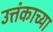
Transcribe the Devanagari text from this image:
उत्तंकाच्या